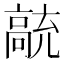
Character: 𲌗